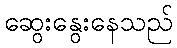
ဆွေးနွေးနေသည်